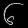
Digit: ၆